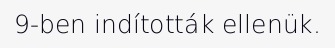
9-ben indították ellenük.